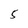
Character: 5